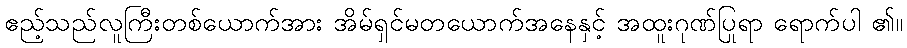
ဧည့်သည်လူကြီးတစ်ယောက်အား အိမ်ရှင်မတယောက်အနေနှင့် အထူးဂုဏ်ပြုရာ ရောက်ပါ ၏။